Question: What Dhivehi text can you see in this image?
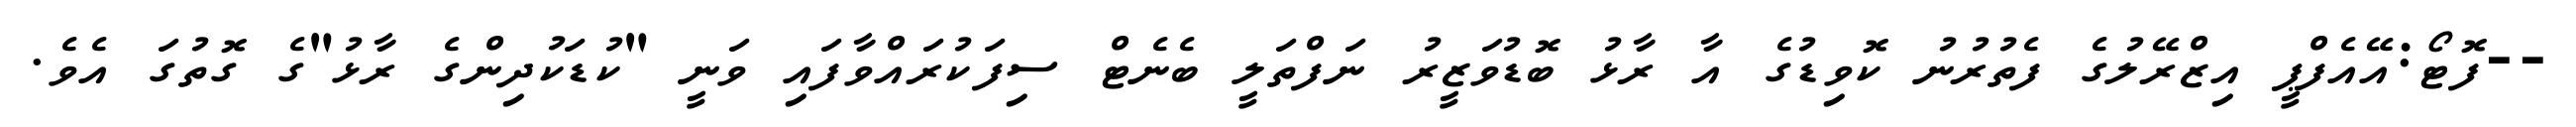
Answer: --ފޮޓޯ:އޭއެފްޕީ އިޒްރޭލުގެ ފެތުރުނު ކޮވިޑުގެ އާ ރާޅު ބޮޑުވަޒީރު ނަފްތަލީ ބެނެޓް ސިފަކުރައްވާފައި ވަނީ "ކުޑަކުދިންގެ ރާޅު"ގެ ގޮތުގަ އެވެ.